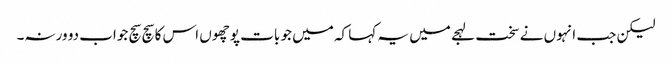
لیکن جب انہوں نے سخت لہجے میں یہ کہا کہ میں جو بات پوچھوں اس کا سچ سچ جواب دو ورنہ۔